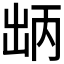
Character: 𫥤